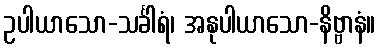
ဥပါယာသော-သင်္ခါရံ၊ အနုပါယာသော-နိဗ္ဗာနံ။